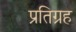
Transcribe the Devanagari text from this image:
प्रतिग्रह